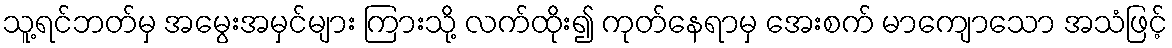
သူ့ရင်ဘတ်မှ အမွေးအမှင်များ ကြားသို့ လက်ထိုး၍ ကုတ်နေရာမှ အေးစက် မာကျောသော အသံဖြင့်